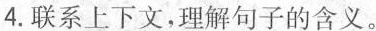
4.联系上下文，理解句子的含义。